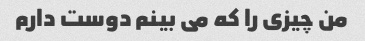
من چیزی را که می بینم دوست دارم